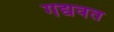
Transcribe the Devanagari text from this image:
गद्यवत